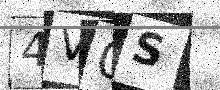
Text: 4V0S